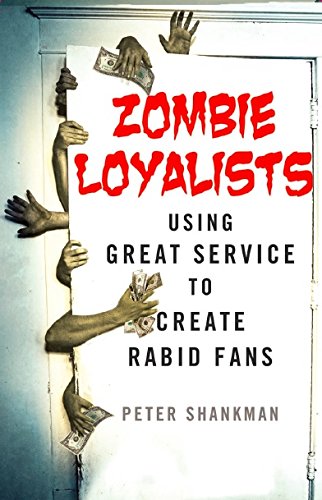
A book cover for Zombie Loyalists: Using Great Service to Create Rabid Fans; Peter Shankman; Business & Money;